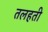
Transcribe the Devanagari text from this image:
तलहती